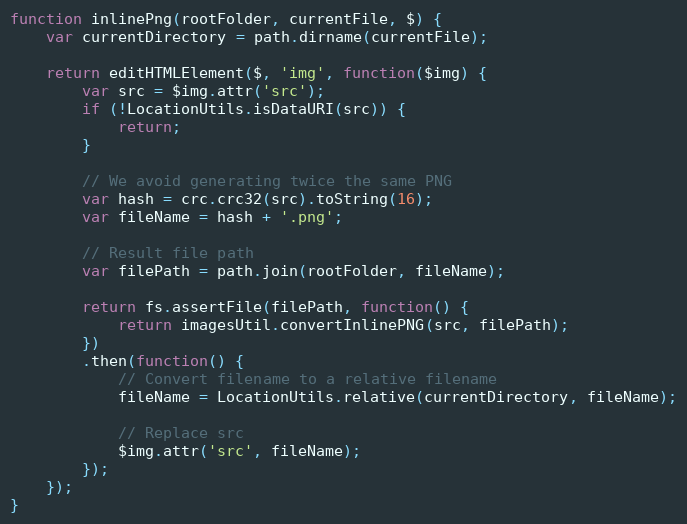
Language: JavaScript
function inlinePng(rootFolder, currentFile, $) {
    var currentDirectory = path.dirname(currentFile);

    return editHTMLElement($, 'img', function($img) {
        var src = $img.attr('src');
        if (!LocationUtils.isDataURI(src)) {
            return;
        }

        // We avoid generating twice the same PNG
        var hash = crc.crc32(src).toString(16);
        var fileName = hash + '.png';

        // Result file path
        var filePath = path.join(rootFolder, fileName);

        return fs.assertFile(filePath, function() {
            return imagesUtil.convertInlinePNG(src, filePath);
        })
        .then(function() {
            // Convert filename to a relative filename
            fileName = LocationUtils.relative(currentDirectory, fileName);

            // Replace src
            $img.attr('src', fileName);
        });
    });
}